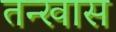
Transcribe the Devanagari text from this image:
तन्खास